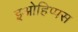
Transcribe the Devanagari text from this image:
इओहिप्पस